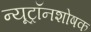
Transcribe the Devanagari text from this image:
न्यूट्रॉनशोषक